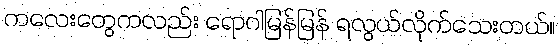
ကလေးတွေကလည်း ရောဂါမြန်မြန် ရလွယ်လိုက်သေးတယ်။